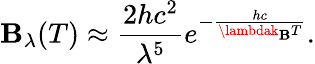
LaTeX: \mathbf{B}_{\lambda}(T)\approx{\frac{{2hc^{2}}}{{\lambda^{5}}}}e^{-{\frac{{hc}}{{\lambdak_{\mathrm{{\mathbf{B}}}}T}}}}.